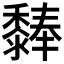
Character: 𪐃